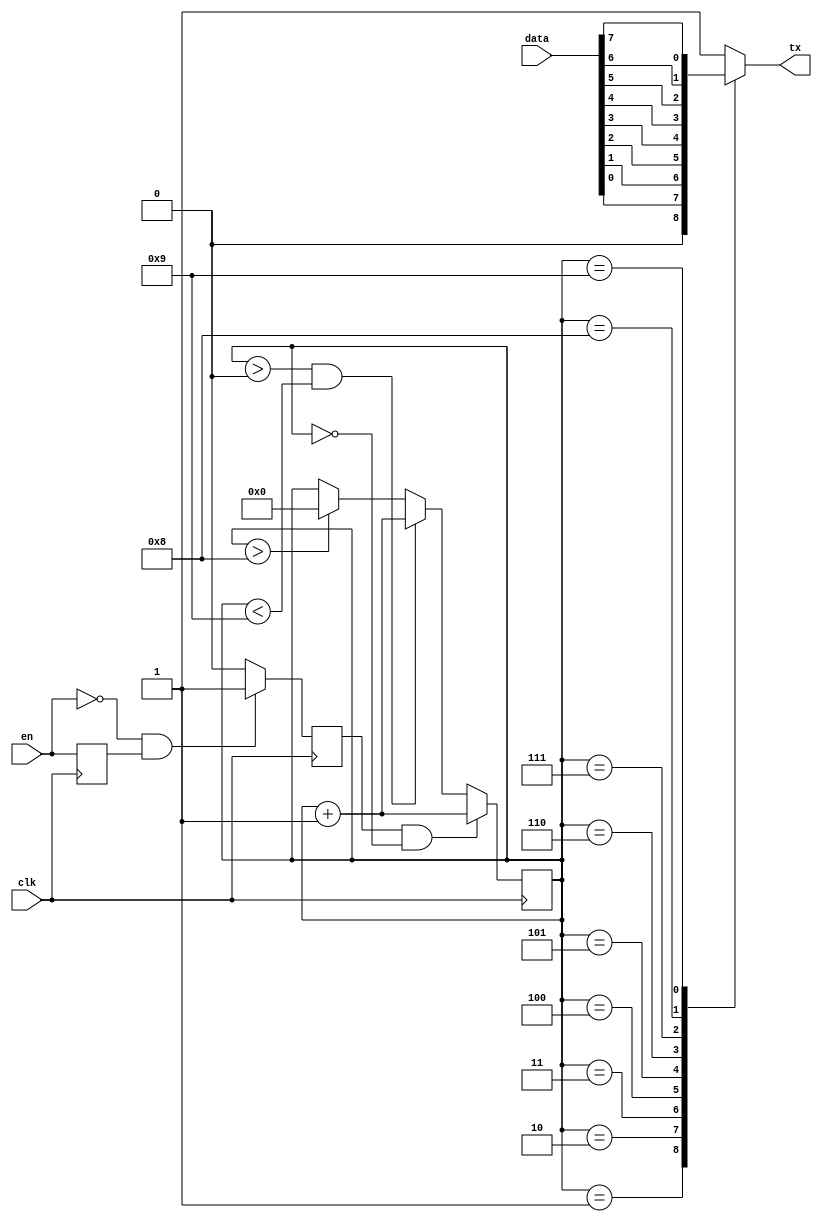
module Send(clk,data,en,tx);

input clk;
input [7:0] data;
input en;
output tx;

reg tx;
reg txd;
reg [3:0] cnt = 0;    //
reg txd_fall;

always @(posedge clk)begin    //
	txd<=en;
	if((!en)&txd)      //en1
		txd_fall<=1;
	else 
		txd_fall<=0;    //en0
end

always @(posedge clk)begin    
	if((txd_fall==1)&(cnt==0))    //
		cnt<=cnt+1'd1;
	else if((cnt>0)&(cnt<9))  //
		cnt<=cnt+1'd1;
	else if(cnt>8)
		cnt<=0;
end

always @(*)
	case(cnt)
		1:tx<=0;        //
		2:tx<=data[0];  
		3:tx<=data[1];
		4:tx<=data[2];
		5:tx<=data[3];
		6:tx<=data[4];
		7:tx<=data[5];
		8:tx<=data[6];
		9:tx<=data[7];
		default:tx<=1;   //0
	endcase
		
endmodule